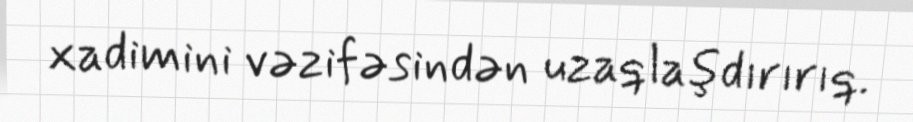
xadimini vəzifəsindən uzaqlaşdırırıq.